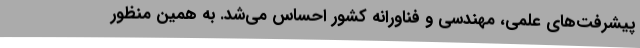
پیشرفت‌های علمی، مهندسی و فناورانه کشور احساس می‌شد. به همین منظور